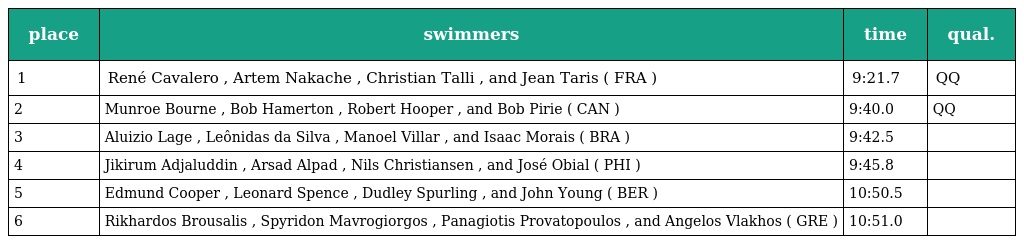
| place | swimmers | time | qual. |
 | --- | --- | --- | --- |
 | 1 | René Cavalero , Artem Nakache , Christian Talli , and Jean Taris ( FRA ) | 9:21.7 | QQ |
 | 2 | Munroe Bourne , Bob Hamerton , Robert Hooper , and Bob Pirie ( CAN ) | 9:40.0 | QQ |
 | 3 | Aluizio Lage , Leônidas da Silva , Manoel Villar , and Isaac Morais ( BRA ) | 9:42.5 |  |
 | 4 | Jikirum Adjaluddin , Arsad Alpad , Nils Christiansen , and José Obial ( PHI ) | 9:45.8 |  |
 | 5 | Edmund Cooper , Leonard Spence , Dudley Spurling , and John Young ( BER ) | 10:50.5 |  |
 | 6 | Rikhardos Brousalis , Spyridon Mavrogiorgos , Panagiotis Provatopoulos , and Angelos Vlakhos ( GRE ) | 10:51.0 |  |